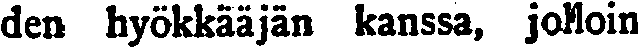
den hyökkääjän kanssa, jolloin